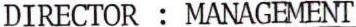
DIRECTOR : MANAGEMENT